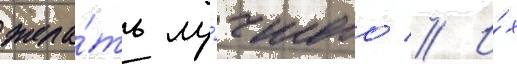
жела́ть лу́чшего // И́х